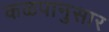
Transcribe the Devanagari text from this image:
कळपानुसार